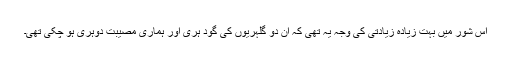
اس شور میں بہت زیادہ زیادتی کی وجہ یہ تھی کہ ان دو گلہریوں کی گود ہری اور ہماری مصیبت دوہری ہو چکی تھی۔